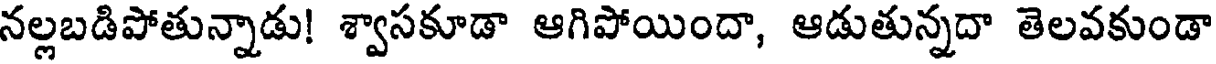
నల్లబడిపోతున్నాడు! శ్వాసకూడా ఆగిపోయిందా, ఆడుతున్నదా తెలవకుండా